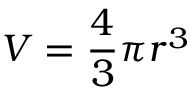
V = { \frac { 4 } { 3 } } \pi r ^ { 3 }